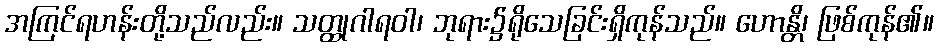
အကြင်ရဟန်းတို့သည်လည်း။ သတ္ထုဂါရဝါ၊ ဘုရား၌ရိုသေခြင်းရှိကုန်သည်။ ဟောန္တိ၊ ဖြစ်ကုန်၏။